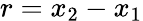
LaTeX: r=x_{2}-x_{1}